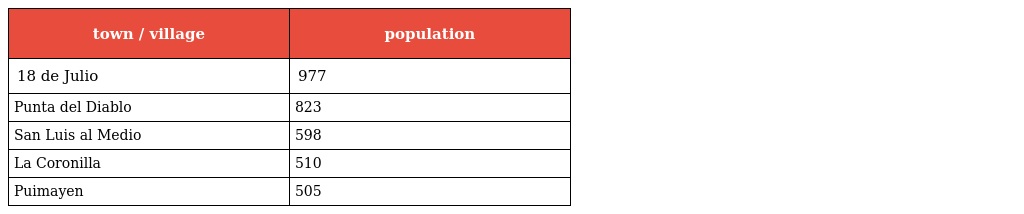
| town / village | population |
 | --- | --- |
 | 18 de Julio | 977 |
 | Punta del Diablo | 823 |
 | San Luis al Medio | 598 |
 | La Coronilla | 510 |
 | Puimayen | 505 |